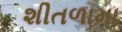
શીતળામા